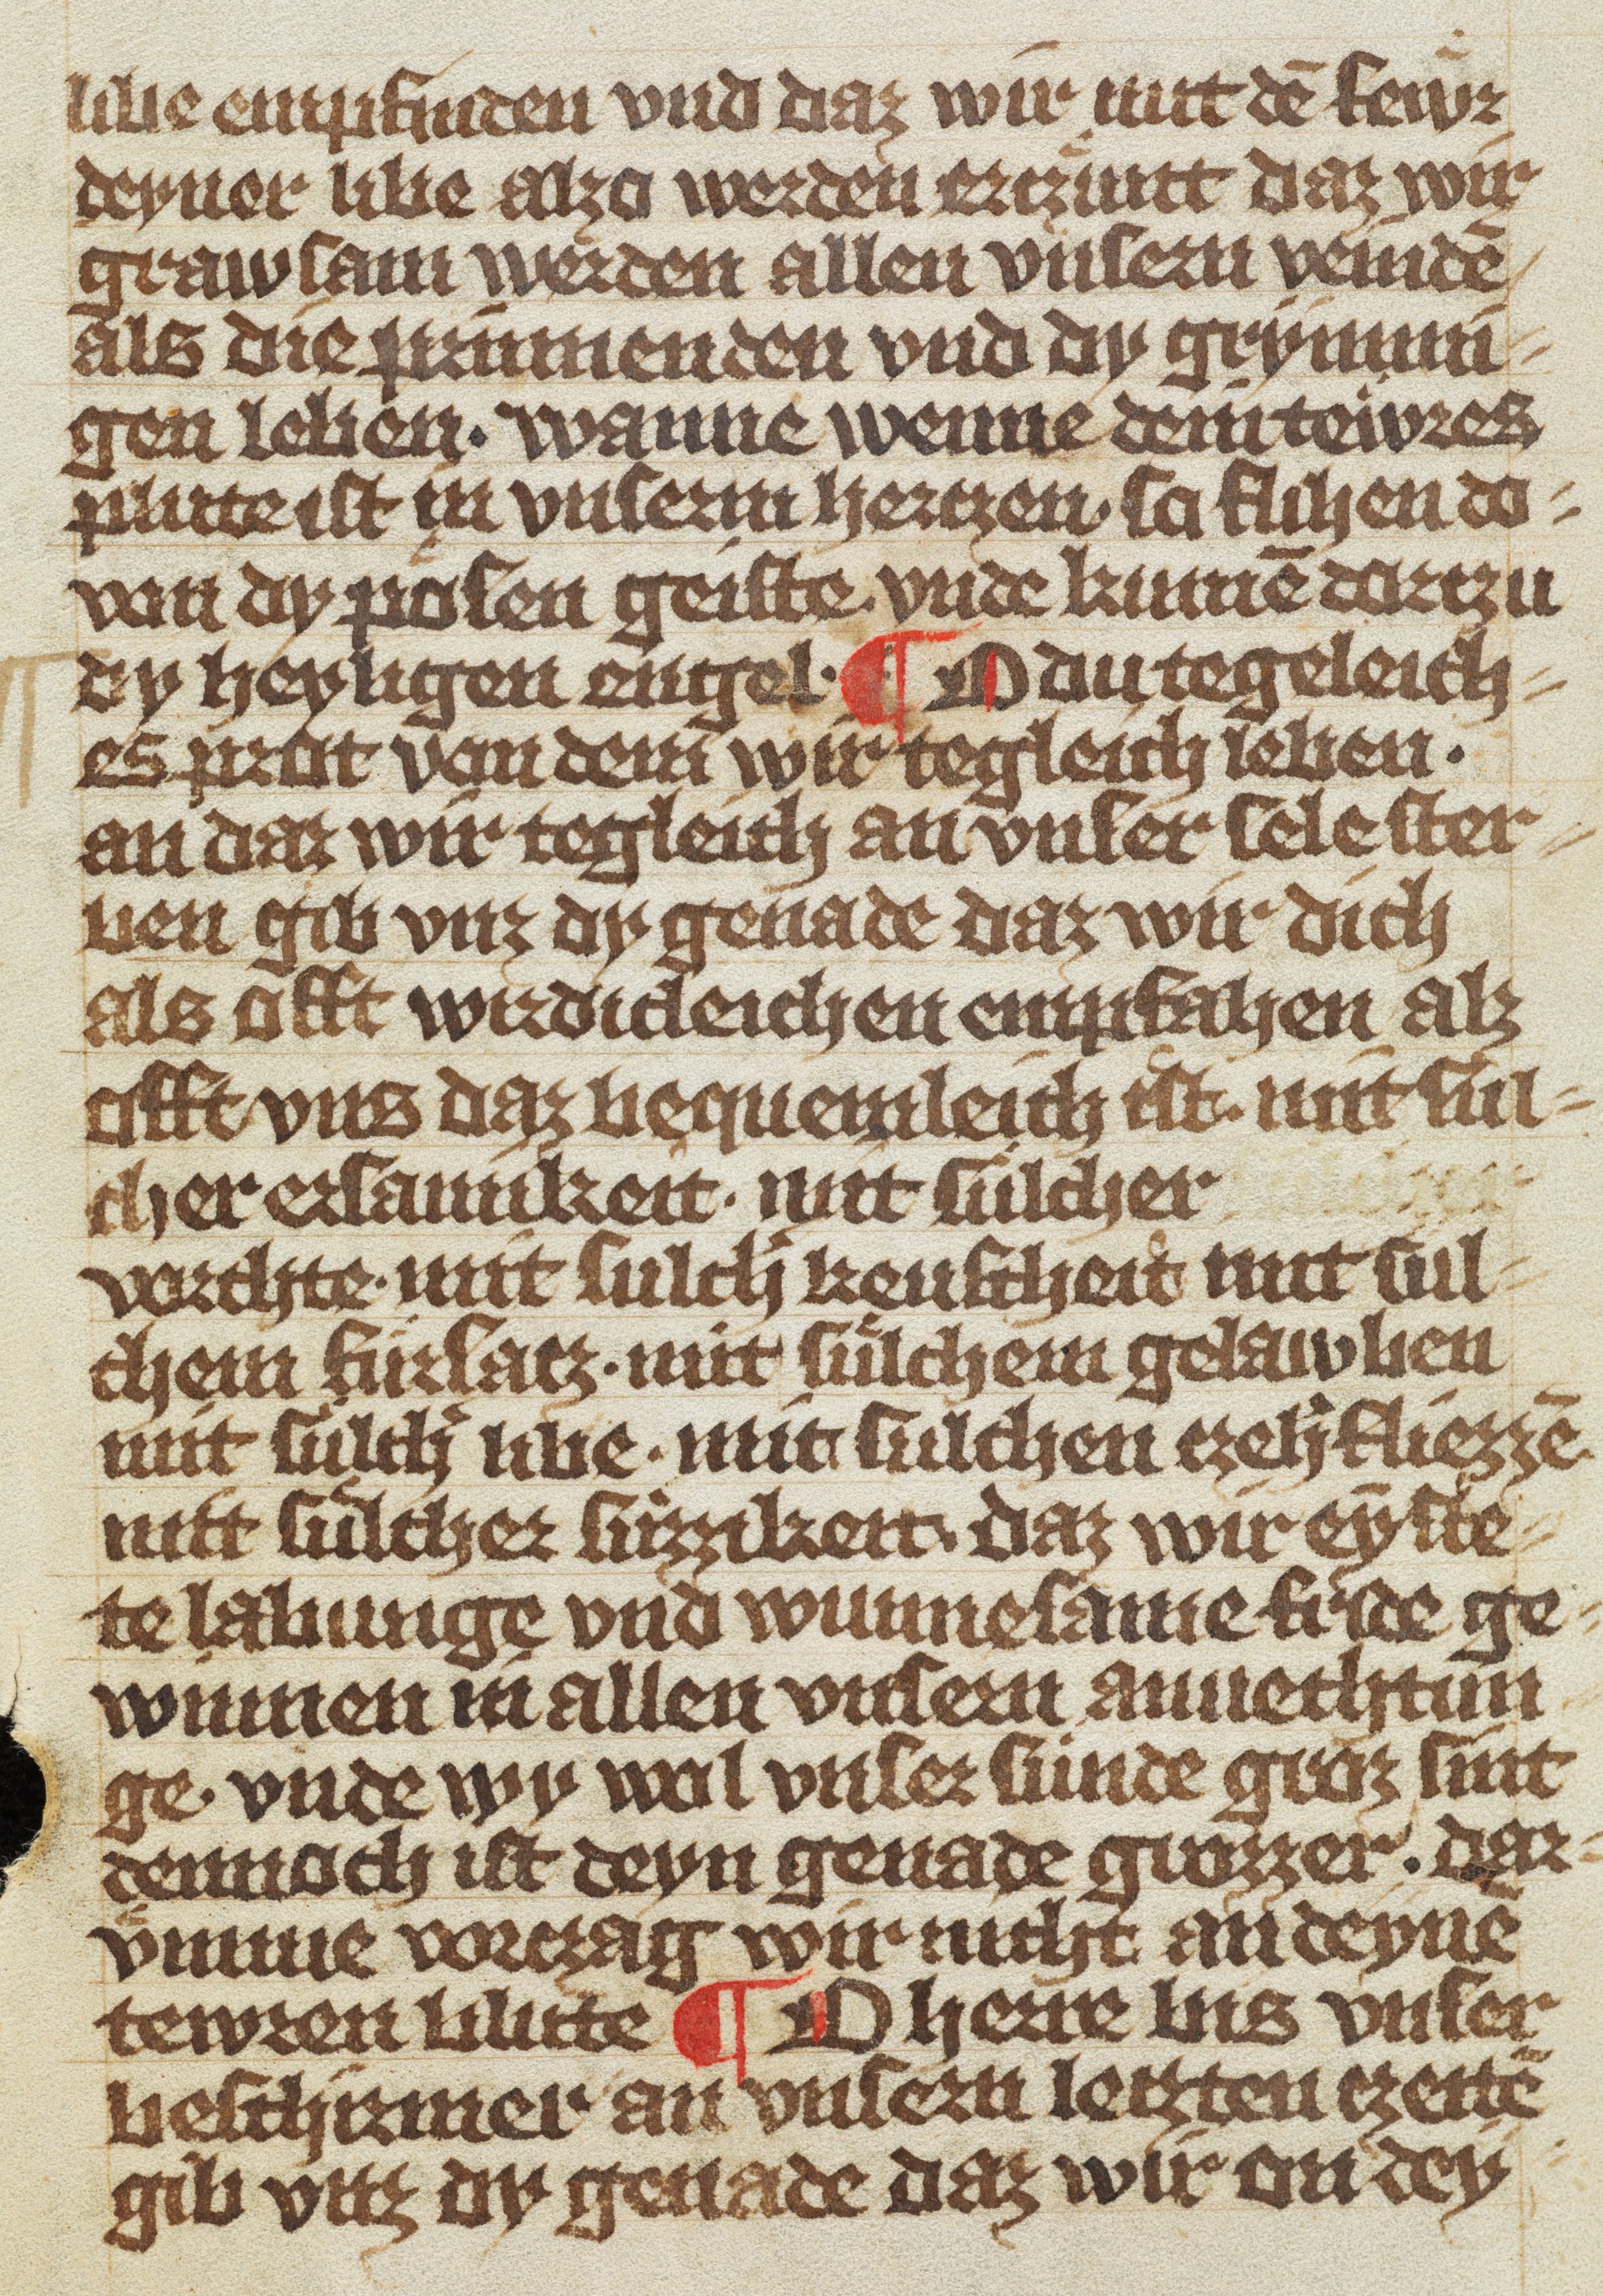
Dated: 1370–1449